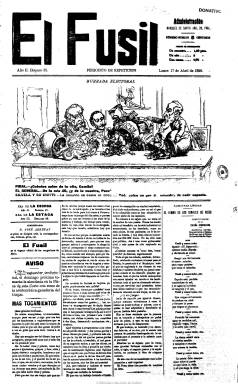
Título: El Fusil (Madrid)
Colección: Revistas satíricas y humorísticas || Carlismo || Periódicos
Ámbito geográfico: Madrid
Lugar de publicación: Madrid
Fechas: 17/04/1899-28/12/1912

Semanario satírico al que se le atribuye una filiación carlista, es fundado en 1898 y dirigido (aunque nunca aparezca como tal en el periódico) hasta su fallecimiento por el periodista carlista Benigno Bolaños y Sanz (1865-1909), que anteriormente había dirigido también La Escoba y La Estaca, por lo que se considera “hijo” y “nieto”, respectivamente, de estas publicaciones. Como administrador aparece Jorge Ontañón. Cambia su subtítulo en varias ocasiones: “periódico de repetición” (seriaba el periódico con “disparo 1”, etc.), periódico y semanario “radical” u “órgano oficial del sentido común”, y estampa junto a la cabecera la leyenda: “Yo tiro y sin compasión. Yo no admito subvención. Ni me caso ni me vendo. De retóricas no entiendo. Y al ladrón llamo ladrón”.

De espíritu agresivo y polémico, se dedicó a atacar a El Motín, el gran periódico satírico republicano de la época, y tras ser suspendido en 1900 (y salir en su lugar El Padre Cobos), en 1903 se vanagloriaba de haber ya “insultado” a 466 personajes políticos, llamado “brutos y cavernícolas” a 365 caciques, haber pedido que “ahorquen” a 15 ministros y exministros, “ciscado” a 43 alcaldes, tratado de “perros” a 18 gobernadores, de “burros” a 13 catedráticos, haber “tomado el pelo” a 72 aspirantes a canónigos, “reñido” con tres obispos, y haber llamado “granujas” a ocho jueces, cinco generales y 14 periodistas. Fue denunciado en sucesivas ocasiones.

Publicado en números de cuatro y ocho páginas y en folio, en la primera inserta una gran viñeta humorística de carácter político, obra firmada por Gedeón. Además del director, que utiliza el seudónimo Eneas, resaltan las colaboraciones del diputado Juan Urquía Redelilla, con el seudónimo El Capitán Verdades. Con textos en prosa y en verso y también anuncios comerciales, algunos de carácter así mismo humorístico.

Tras el fallecimiento de Bolaños, en 1909, El Fusil fue dirigido por el también periodista carlista José Arrufat Mestres (1869-1913), y tras la muerte de éste por el así mismo periodista carlista Domingo Cirici Ventalló (1878-1917), ambos de origen catalán. Seguía publicándose en 1916. Entre otras referencias bibliográficas para este título, la de Navarro Cabanes (1917).